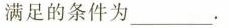
满足的条件为___.